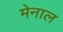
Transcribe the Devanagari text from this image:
मेनाल